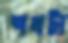
শখটা